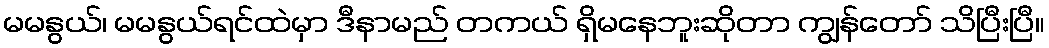
မမနွယ်၊ မမနွယ်ရင်ထဲမှာ ဒီနာမည် တကယ် ရှိမနေဘူးဆိုတာ ကျွန်တော် သိပြီးပြီ။